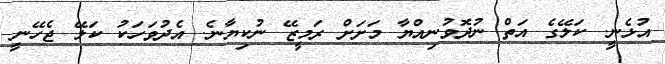
އުޅެނީ. ކަލޭގެ އަތް ނުދޮވުނިއްޔާ މަށަށް ރަމީޒޭ ނުކިޔާނެ. އެދުވަހަކު ކަލޭ ޖެހޭނީ